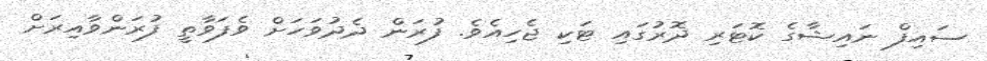
ސައިފް ނައިޝާގެ ކޮޓަރި ދޮރުގައި ޓަކި ޖެހިއެވެ. ފުރަން ދެދުވަހަށް ވެފަވާތީ ފުރަންވާއިރަށް